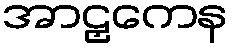
အာဠှကေန